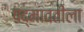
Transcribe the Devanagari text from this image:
पद्मावतीला